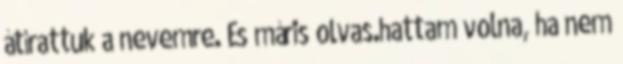
átírattuk a nevemre. És máris olvas.hattam volna, ha nem